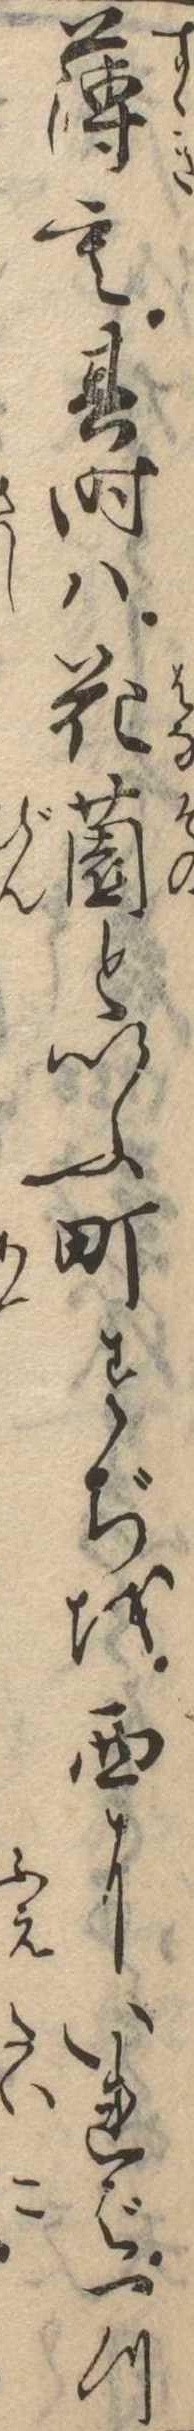
薄も其時は花園といふ町すぢを西にいれば一つ